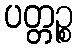
ပတ္တဉ္စ